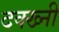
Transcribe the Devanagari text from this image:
दक्ख्नी